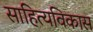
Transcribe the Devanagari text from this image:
साहित्यविकास